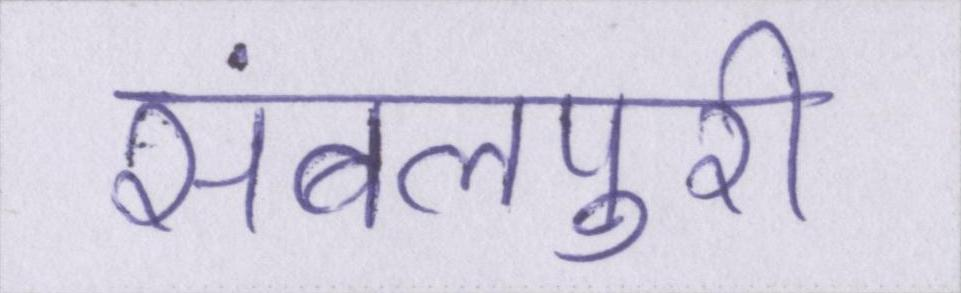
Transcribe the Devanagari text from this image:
संबलपुरी